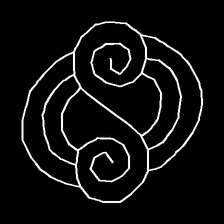
Glyph: wind-underfoot